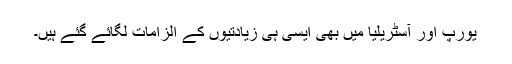
یورپ اور آسٹریلیا میں بھی ایسی ہی زیادتیوں کے الزامات لگائے گئے ہیں۔